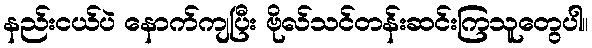
နည်းငယ်ပဲ နောက်ကျပြီး ဗိုလ်သင်တန်းဆင်းကြသူတွေပါ။